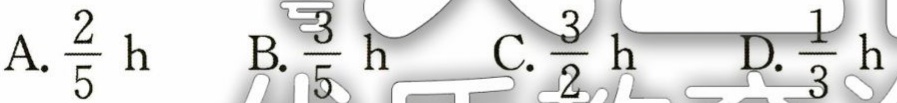
A. $\frac{2}{5}\text{ h}$ B. $\frac{3}{5}\text{ h}$ C. $\frac{3}{2}\text{ h}$ D. $\frac{1}{3}\text{ h}$